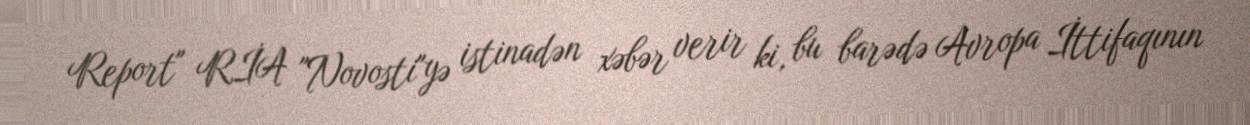
Report" RİA "Novosti"yə istinadən xəbər verir ki, bu barədə Avropa İttifaqının